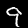
Digit: 9